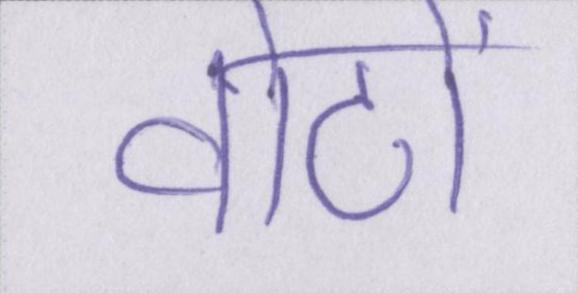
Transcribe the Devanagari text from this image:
वोटों